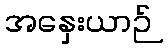
အနှေးယာဉ်